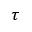
\tau